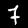
Label: 7